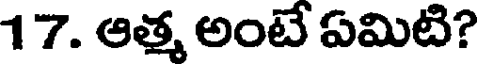
17. ఆత్మ అంటే ఏమిటి?